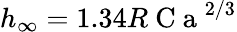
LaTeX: h_{\infty}=1.34R\mathrm{~C~a~}^{2/3}